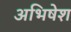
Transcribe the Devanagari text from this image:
अभिषेश